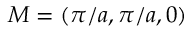
M = ( \pi / a , \pi / a , 0 )